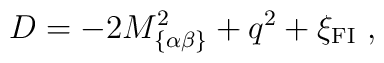
D=-2M_{\{\alpha\beta\}}^2 +q^2+\xi_{\rm{\small FI}}~,